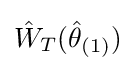
{\hat {W}}_{T}({\hat {\theta }}_{(1)})